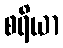
စရိယာ